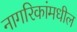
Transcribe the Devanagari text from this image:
नागरिकांमधील